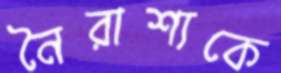
নৈরাশ্যকে